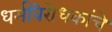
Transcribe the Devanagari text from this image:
धर्मविरोधकांचे